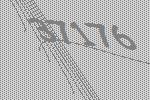
37176